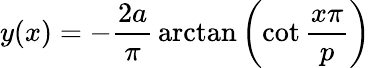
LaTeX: y(x)=-{\frac{2a}{\pi}}\arctan{\left(\cot{\frac{x\pi}{p}}\right)}